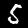
Digit: 5